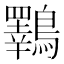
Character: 鸅